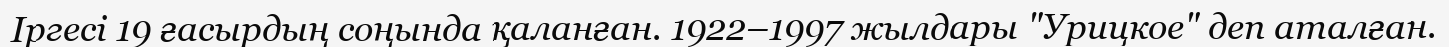
Іргесі 19 ғасырдың соңында қаланған. 1922–1997 жылдары "Урицкое" деп аталған.